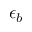
\epsilon _ { b }